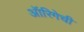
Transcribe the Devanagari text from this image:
ऑरिगेची